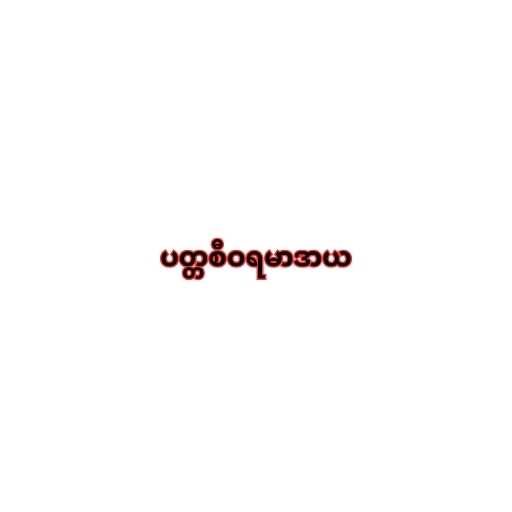
ပတ္တစီဝရမာဒာယ